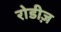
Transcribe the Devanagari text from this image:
रोडीज़